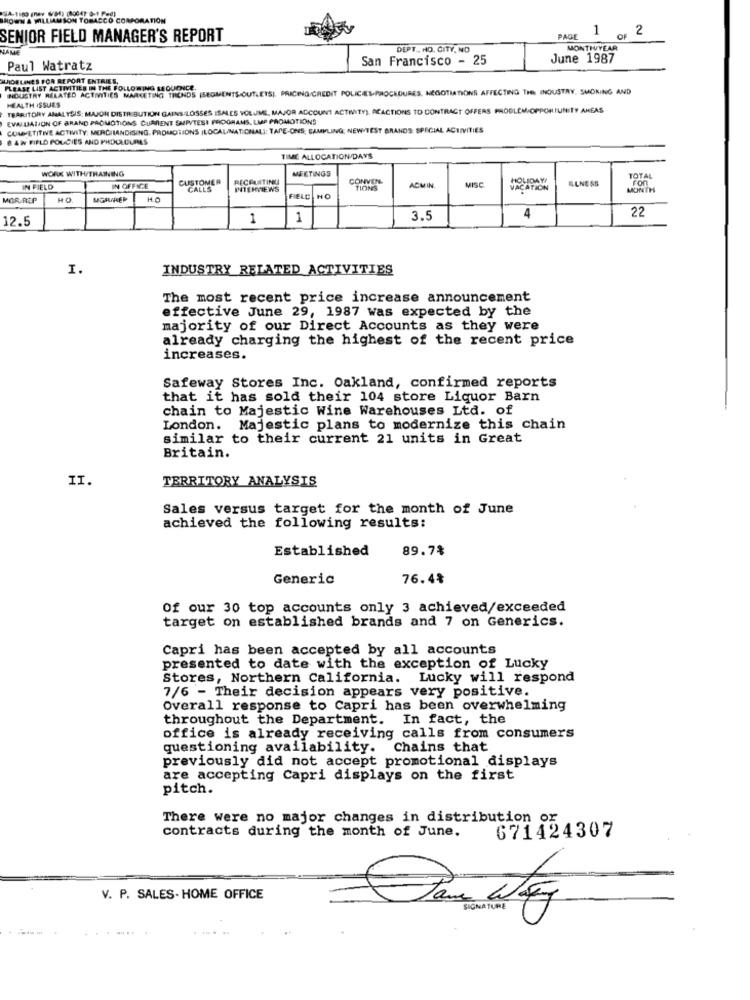
A WILLIAMSON TOBACCO CORPORATION
1
2
SENIOR FIELD MANAGER'S REPORT
PAGE
OF
DEPT. NO. CITY, NO
MONTHYEAR
San Francisco - 25
June 1987
Paul Watratz
LIDELINES FOR REPORT ENTRIES,
INDUSTRY RELATED ACTIVITIES MARKETING TRENDS (SEGMENTS-OUTLETS), PRICING/CREDIT POLICIES-PROCEDURES, NEGOTIATIONS AFFECTING THE INDUSTRY, SMOKING AND
PLEASE LIST ACTIVITIES IN THE FOLLOWING SEQUENCE.
HEALTH ISSUES
TERRITORY ANALYSIS: MAJOR DISTRIBUTION GAINS LOSSES ISALES VOLUME, MAJOR ACCOUNT ACTIVITY), ACACTIONS TO CONTRACT OFFERS PROBLEM-OPPORTUNITY ANEAS
EVALUATION OF BRAND PROMOTIONS CURRENT SUPVTESI PROGRAMS. LMP PROMOTIONS
COMPETITIVE ACTIVITY: MERCILANDISING. PROMOTIONS |LOCALINATIONAL]; TAPE-ONS, SAMPLING; NEW TEST BRANDS: SPECIAL ACTIVITIES
BAN FIELD POUCIES AND PROCEDURES
TIME ALLOCATION/DAYS
WORK WITH/TRAINING
MEETINGS
CUSTOMER
RECRUITING
CONVEN-
ILNESS
FOR
TOTAL
IN FIELD
IN OFFICE
CALLS
INTERVIEWS
TIONS
ACMIN.
MISC
VACATION
MONTH
MOR REP
HO
FIELD
HO
4
22
12.5
1
1
3.5
I.
INDUSTRY RELATED ACTIVITIES
The most recent price increase announcement
effective June 29, 1987 was expected by the
majority of our Direct Accounts as they were
already charging the highest of the recent price
increases.
Safeway Stores Inc. Oakland, confirmed reports
that it has sold their 104 store Liquor Barn
chain to Majestic Wine Warehouses Ltd. of
London. Majestic plans to modernize this chain
similar to their current 21 units in Great
Britain.
II.
TERRITORY ANALYSIS
Sales versus target for the month of June
achieved the following results:
Established
89.7%
Generic
76.4%
Of our 30 top accounts only 3 achieved/exceeded
target on established brands and 7 on Generics.
Capri has been accepted by all accounts
presented to date with the exception of Lucky
Stores, Northern California. Lucky will respond
7/6 - Their decision appears very positive.
Overall response to Capri has been overwhelming
throughout the Department. In fact, the
office is already receiving calls from consumers
questioning availability. Chains that
previously did not accept promotional displays
are accepting Capri displays on the first
pitch.
There were no major changes in distribution or
671424307
contracts during the month of June.
V. P. SALES- HOME OFFICE
SIGNATURE